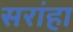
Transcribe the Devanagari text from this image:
सरांहा